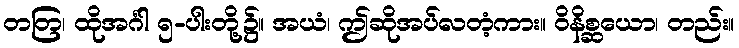
တတြ၊ ထိုအင်္ဂါ ၅-ပါးတို့၌။ အယံ၊ ဤဆိုအပ်လတံ့ကား။ ဝိနိစ္ဆယော၊ တည်း။